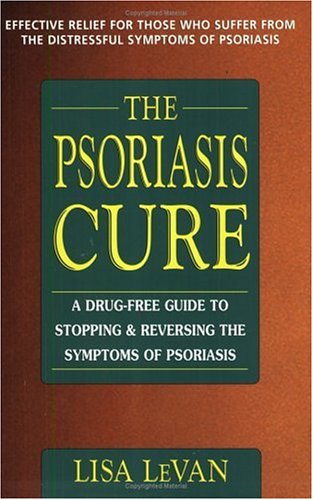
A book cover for The Psoriasis Cure: A Drug-Free Guide to Stopping & Reversing the Symptoms of Psoriasis; Lisa LeVan; Health, Fitness & Dieting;